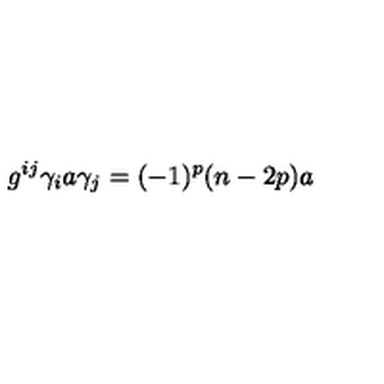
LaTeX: g ^ { i j } \gamma _ { i } a \gamma _ { j } = ( - 1 ) ^ { p } ( n - 2 p ) a